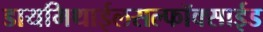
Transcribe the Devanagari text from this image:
डायमिथाईलसल्फॉक्साईड